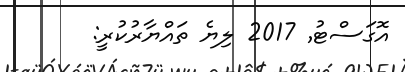
އޮގަސްޓު